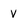
Character: V